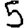
Digit: 5